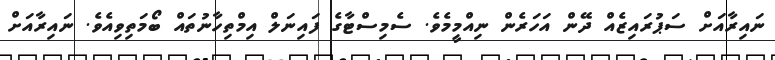
ނައިރާއަށް ސަޕުރައިޒެއް ދޭން އަހަރެން ނިއްމީމެވެ. ސެމިސްޓާގެ ފައިނަލް އިމްތިހާނުތައް ބޯމަތިވިއެވެ. ނައިރާއަށް